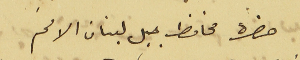
حضرة محافظ جبل لبنان الافخم